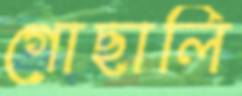
গোছালি